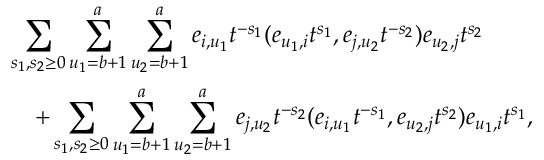
\begin{array} { r l } & { \displaystyle \sum _ { s _ { 1 } , s _ { 2 } \geq 0 } \sum _ { u _ { 1 } = b + 1 } ^ { a } \sum _ { u _ { 2 } = b + 1 } ^ { a } e _ { i , u _ { 1 } } t ^ { - s _ { 1 } } ( e _ { u _ { 1 } , i } t ^ { s _ { 1 } } , e _ { j , u _ { 2 } } t ^ { - s _ { 2 } } ) e _ { u _ { 2 } , j } t ^ { s _ { 2 } } } \\ & { \quad + \displaystyle \sum _ { s _ { 1 } , s _ { 2 } \geq 0 } \sum _ { u _ { 1 } = b + 1 } ^ { a } \sum _ { u _ { 2 } = b + 1 } ^ { a } e _ { j , u _ { 2 } } t ^ { - s _ { 2 } } ( e _ { i , u _ { 1 } } t ^ { - s _ { 1 } } , e _ { u _ { 2 } , j } t ^ { s _ { 2 } } ) e _ { u _ { 1 } , i } t ^ { s _ { 1 } } , } \end{array}